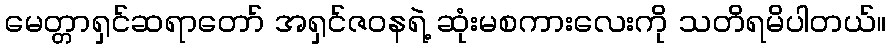
မေတ္တာရှင်ဆရာတော် အရှင်ဇဝနရဲ့ ဆုံးမစကားလေးကို သတိရမိပါတယ်။